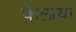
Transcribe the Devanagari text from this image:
फेलाया